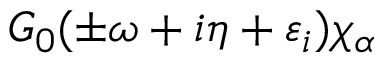
G _ { 0 } ( \pm \omega + i \eta + \varepsilon _ { i } ) \chi _ { \alpha }